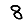
Digit: 8